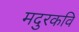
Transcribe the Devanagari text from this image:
मदुरकवि